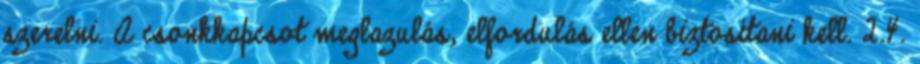
szerelni. A csonkkapcsot meglazulás, elfordulás ellen biztosítani kell. 2.4.